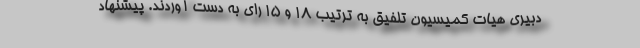
دبیری هیات کمیسیون تلفیق به ترتیب ۱۸ و ١۵ رای به دست آوردند. پیشنهاد